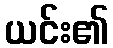
ယင်း၏